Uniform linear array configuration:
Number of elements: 8
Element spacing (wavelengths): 0.75
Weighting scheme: cosine
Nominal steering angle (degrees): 45
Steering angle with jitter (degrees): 44.581
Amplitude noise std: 0.05
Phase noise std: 0.05

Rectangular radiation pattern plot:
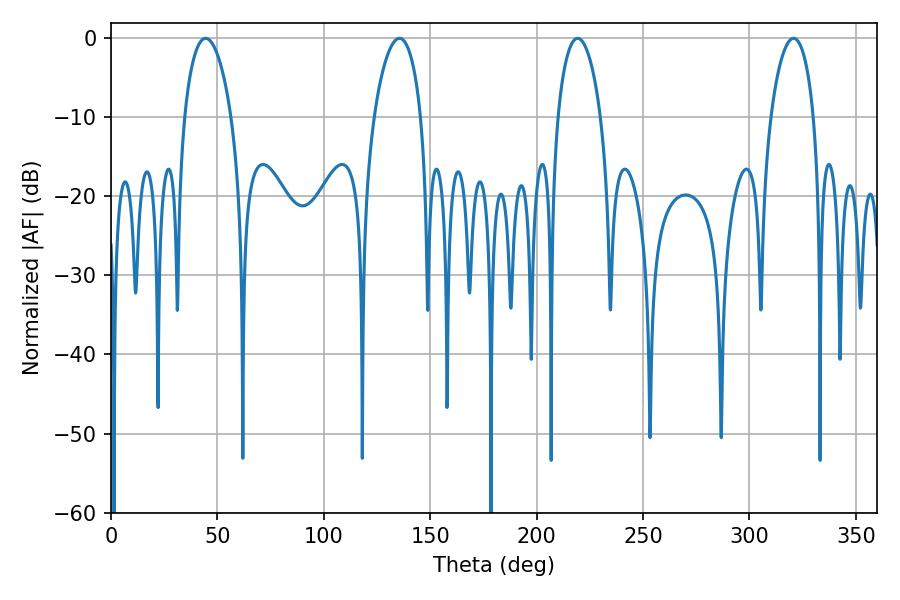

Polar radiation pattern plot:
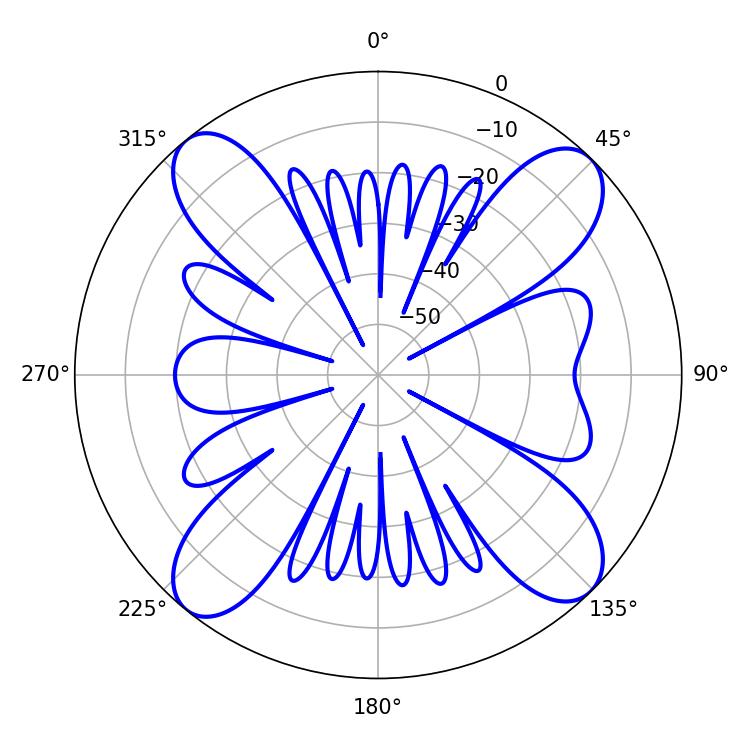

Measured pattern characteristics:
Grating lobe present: TRUE
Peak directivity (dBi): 15.186
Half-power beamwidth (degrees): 12.6
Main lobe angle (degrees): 44.46